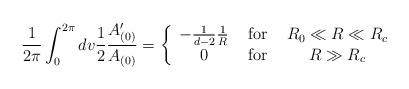
LaTeX: \begin{align*}\frac{1}{2\pi} \int^{2\pi}_0 dv \frac{1}{2}\frac{A_{(0)}'}{A_{(0)}}= \left\{ \begin{array}{ccc} - \frac{1}{d-2} \frac{1}{R}& \mbox{ for } & R_0 \ll R \ll R_c \\0 & \mbox{ for } & R \gg R_c \end{array} \right.\end{align*}